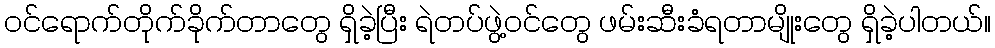
ဝင်ရောက်တိုက်ခိုက်တာတွေ ရှိခဲ့ပြီး ရဲတပ်ဖွဲ့ဝင်တွေ ဖမ်းဆီးခံရတာမျိုးတွေ ရှိခဲ့ပါတယ်။